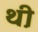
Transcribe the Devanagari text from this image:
थ़ी